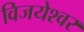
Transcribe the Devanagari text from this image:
विजयेश्वर